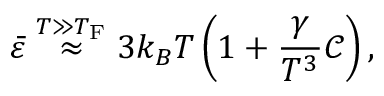
\bar { \varepsilon } \overset { T \gg T _ { \mathrm { F } } } { \approx } 3 k _ { B } T \left( 1 + \frac { \gamma } { T ^ { 3 } } \mathcal { C } \right) ,